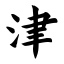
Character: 津